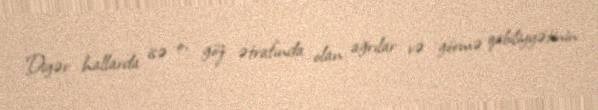
Digər hallarda isə o, göz ətrafında olan ağrılar və görmə qabiliyyətinin